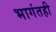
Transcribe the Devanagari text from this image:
भागंतही